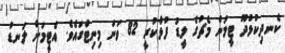
ކެނދިކުޅުދޫ ޓީމުން މެޗުގެ ލީޑު ފުޅާކުރީ 82 ވަނަ މިނިޓްގައެވެ. އެޓީމަށް ލަނޑު